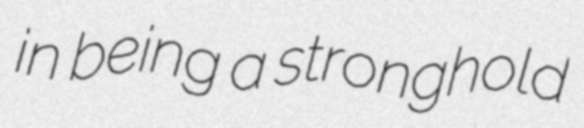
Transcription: in being a stronghold